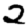
Digit: 2